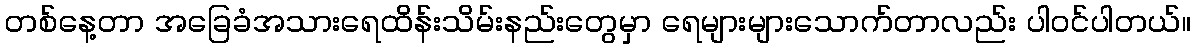
တစ်နေ့တာ အခြေခံအသားရေထိန်းသိမ်းနည်းတွေမှာ ရေများများသောက်တာလည်း ပါဝင်ပါတယ်။